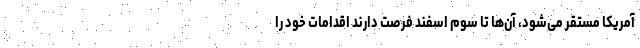
آمریکا مستقر می‌شود، آن‌ها تا سوم اسفند فرصت دارند اقدامات خود را